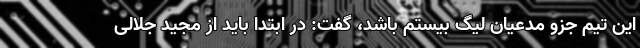
این تیم جزو مدعیان لیگ بیستم باشد، گفت: در ابتدا باید از مجید جلالی